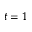
t = 1